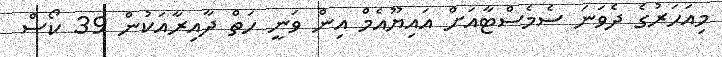
މިއަހަރުގެ ދެވަނަ ސެމެސްޓާއަށް އައިޔޫއެމް އިން ވަނީ ހަތް ދާއިރާއަކުން 39 ކޯސް